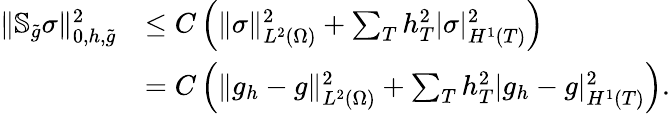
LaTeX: \begin{array}{rl}{\| \mathbb{S}_{\widetilde{g}}\sigma\| _{0,h,\widetilde{g}}^{2}}&{\le C\left(\| \sigma\| _{L^{2}(\Omega)}^{2}+\sum_{T}h_{T}^{2}|\sigma|_{H^{1}(T)}^{2}\right)}\\ &{=C\left(\| g_{h}-g\| _{L^{2}(\Omega)}^{2}+\sum_{T}h_{T}^{2}|g_{h}-g|_{H^{1}(T)}^{2}\right).}\end{array}